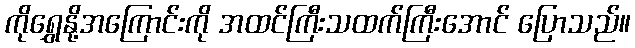
ကိုရွှေနို့အကြောင်းကို အထင်ကြီးသထက်ကြီးအောင် ပြောသည်။